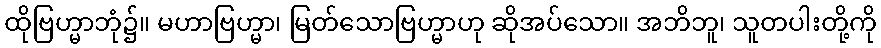
ထိုဗြဟ္မာဘုံ၌။ မဟာဗြဟ္မာ၊ မြတ်သောဗြဟ္မာဟု ဆိုအပ်သော။ အဘိဘူ၊ သူတပါးတို့ကို